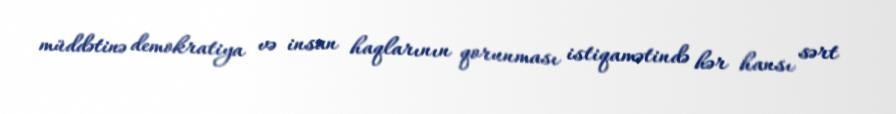
müddətinə demokratiya və insan haqlarının qorunması istiqamətində hər hansı sərt